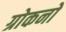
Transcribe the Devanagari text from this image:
ग्रोकनो